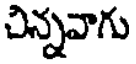
చిన్నవాగు